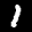
Label: 1